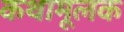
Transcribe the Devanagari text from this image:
कथामूलक